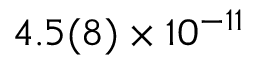
4 . 5 ( 8 ) \times 1 0 ^ { - 1 1 }